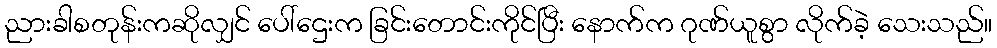
ညားခါစတုန်းကဆိုလျှင် ပေါ်ဌေးက ခြင်းတောင်းကိုင်ပြီး နောက်က ဂုဏ်ယူစွာ လိုက်ခဲ့ သေးသည်။